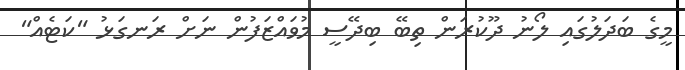
މީގެ ބަދަލުގައި ލޯނު ދޫކުރަން ތިބޭ ބިދޭސީ މުވައްޒަފުން ނަށް ރަނގަޅު "ކަޓެއް"